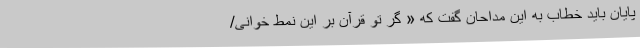
پایان باید خطاب به این مداحان گفت که « گر تو قرآن بر این نمط خوانی/